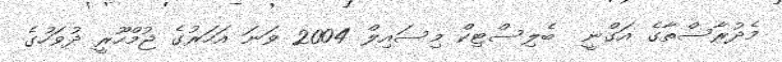
މެދުރާސްތާގެ އަގްނީ  ބެލިސްޓިކް މިސައިލް 2004 ވަނަ އަހަރުގެ ޖުމްހޫރީ ދުވަހުގެ